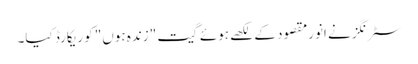
سٹرنگز نے انورمقصود کے لکھے ہوئے گیت "زندہ ہوں" کو ریکارڈ کیا۔